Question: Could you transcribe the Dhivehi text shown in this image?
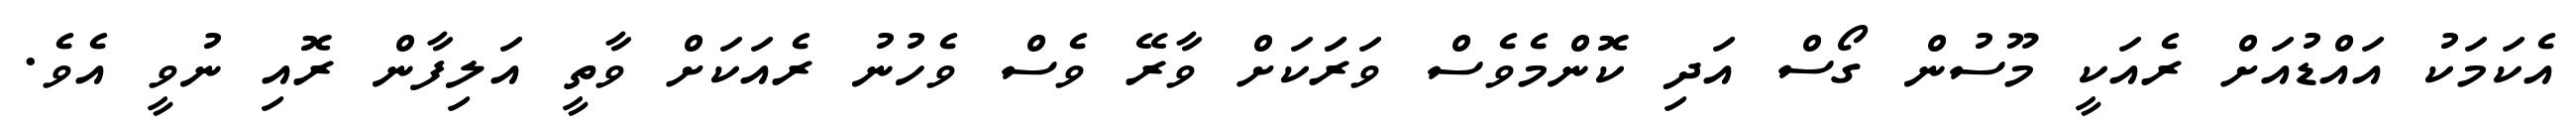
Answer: އެކަމަކު އައްޑުއަށް ރެއަކީ މޫސުން ގޯސް އަދި ކޮންމެވެސް ވަރަަކަށް ވާރޭ ވެސް ވެހުނު ރެއަކަށް ވާތީ އަލިފާން ރޮއި ނުވީ އެވެ.